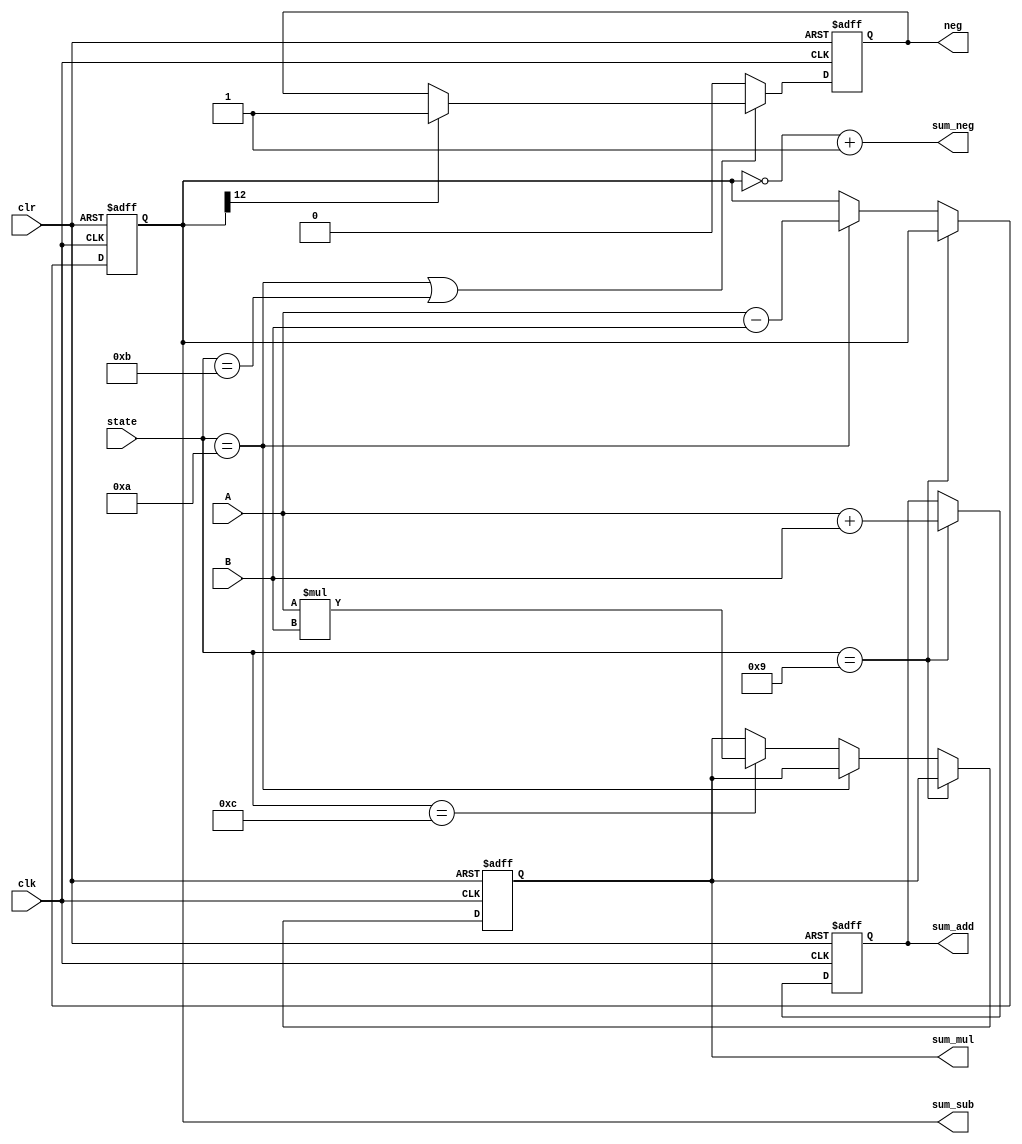
`timescale 1ns / 1ps
//////////////////////////////////////////////////////////////////////////////////
// Company: 
// Engineer: 
// 
// Design Name: 
// Module Name:    ALU 
// Project Name: 
// Target Devices: 
// Tool versions: 
// Description: 
//
// Dependencies: 
//
// Revision: 
// Revision 0.01 - File Created
// Additional Comments: 
//
//////////////////////////////////////////////////////////////////////////////////
module ALU(
input clk,clr,
input  [12:0] A,
input  [12:0] B,
input [5:0] state,
output reg neg,
output reg [12:0] sum_add,sum_sub,sum_mul,
output [12:0] sum_neg
);

localparam start = 5'd0;
localparam set_a = 5'd1;
localparam set_a_ten = 5'd2;
localparam set_a_hun = 5'd3;
localparam set_a_thun = 5'd4;
localparam set_b = 5'd5;
localparam set_b_ten = 5'd6;
localparam set_b_hun = 5'd7;
localparam set_b_thun = 5'd8;
localparam add = 5'd9;
localparam sub = 5'd10;
localparam sum = 5'd11;
localparam mul = 5'd12;
localparam alu = 5'd13;


assign sum_neg = ~sum_sub+1'd1;

always@ (posedge clk or posedge clr) begin
    if (clr) neg<=0;
    else if ((state==sub)||(state==sum))begin
        if ((sum_sub[12])==1) neg<=1;end
        else neg<=0;
    end


always @(posedge clk or posedge clr)
    if(clr) begin
        sum_add <= 12'd0;
        sum_sub <= 12'd0;
        sum_mul <= 12'd0;
        end
    else if (state==add) sum_add<= A+B;
    else if (state==sub) sum_sub <= A-B;
    else if (state==mul) sum_mul <= A*B;
    
    else begin
        sum_add <= sum_add;
        sum_sub <= sum_sub;
        sum_mul <= sum_mul;
    end
    
endmodule